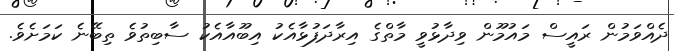
ދެއްވަމުން ރައީސް މައުމޫން ވިދާޅުވީ މާތްގެ އިރާދަފުޅާއެކު އިބޫއާއެކު ސާބިތުވެ ތިބޭނެ ކަމަށެވެ.